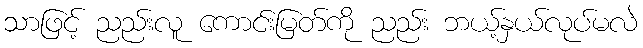
သာဖြင့် ညည်းလူ ကောင်းမြတ်ကို ညည်း ဘယ့်နှယ်လုပ်မလဲ